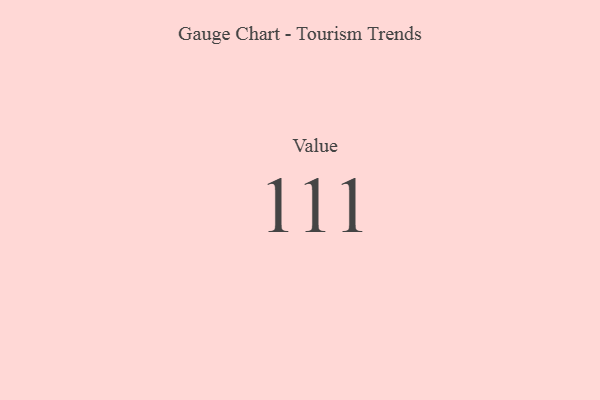
{"axis": {"x": "Metric", "y": "Value"}, "legend": [""], "data": [{"x": "Value", "y": 111, "type": ""}]}